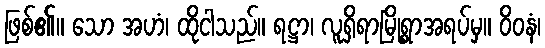
ဖြစ်၏။ သော အဟံ၊ ထိုငါသည်။ ရဋ္ဌာ၊ လူရှိရာမြို့ရွာအရပ်မှ။ ဝိဝနံ၊